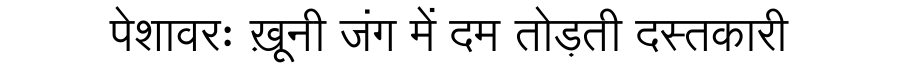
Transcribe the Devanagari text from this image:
पेशावरः ख़ूनी जंग में दम तोड़ती दस्तकारी